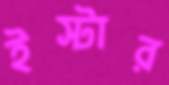
ইস্টার